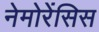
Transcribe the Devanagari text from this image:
नेमोरेंसिस